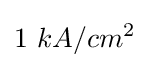
1~kA/cm^{2}